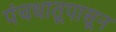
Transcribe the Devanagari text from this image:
पंचधातूपासून